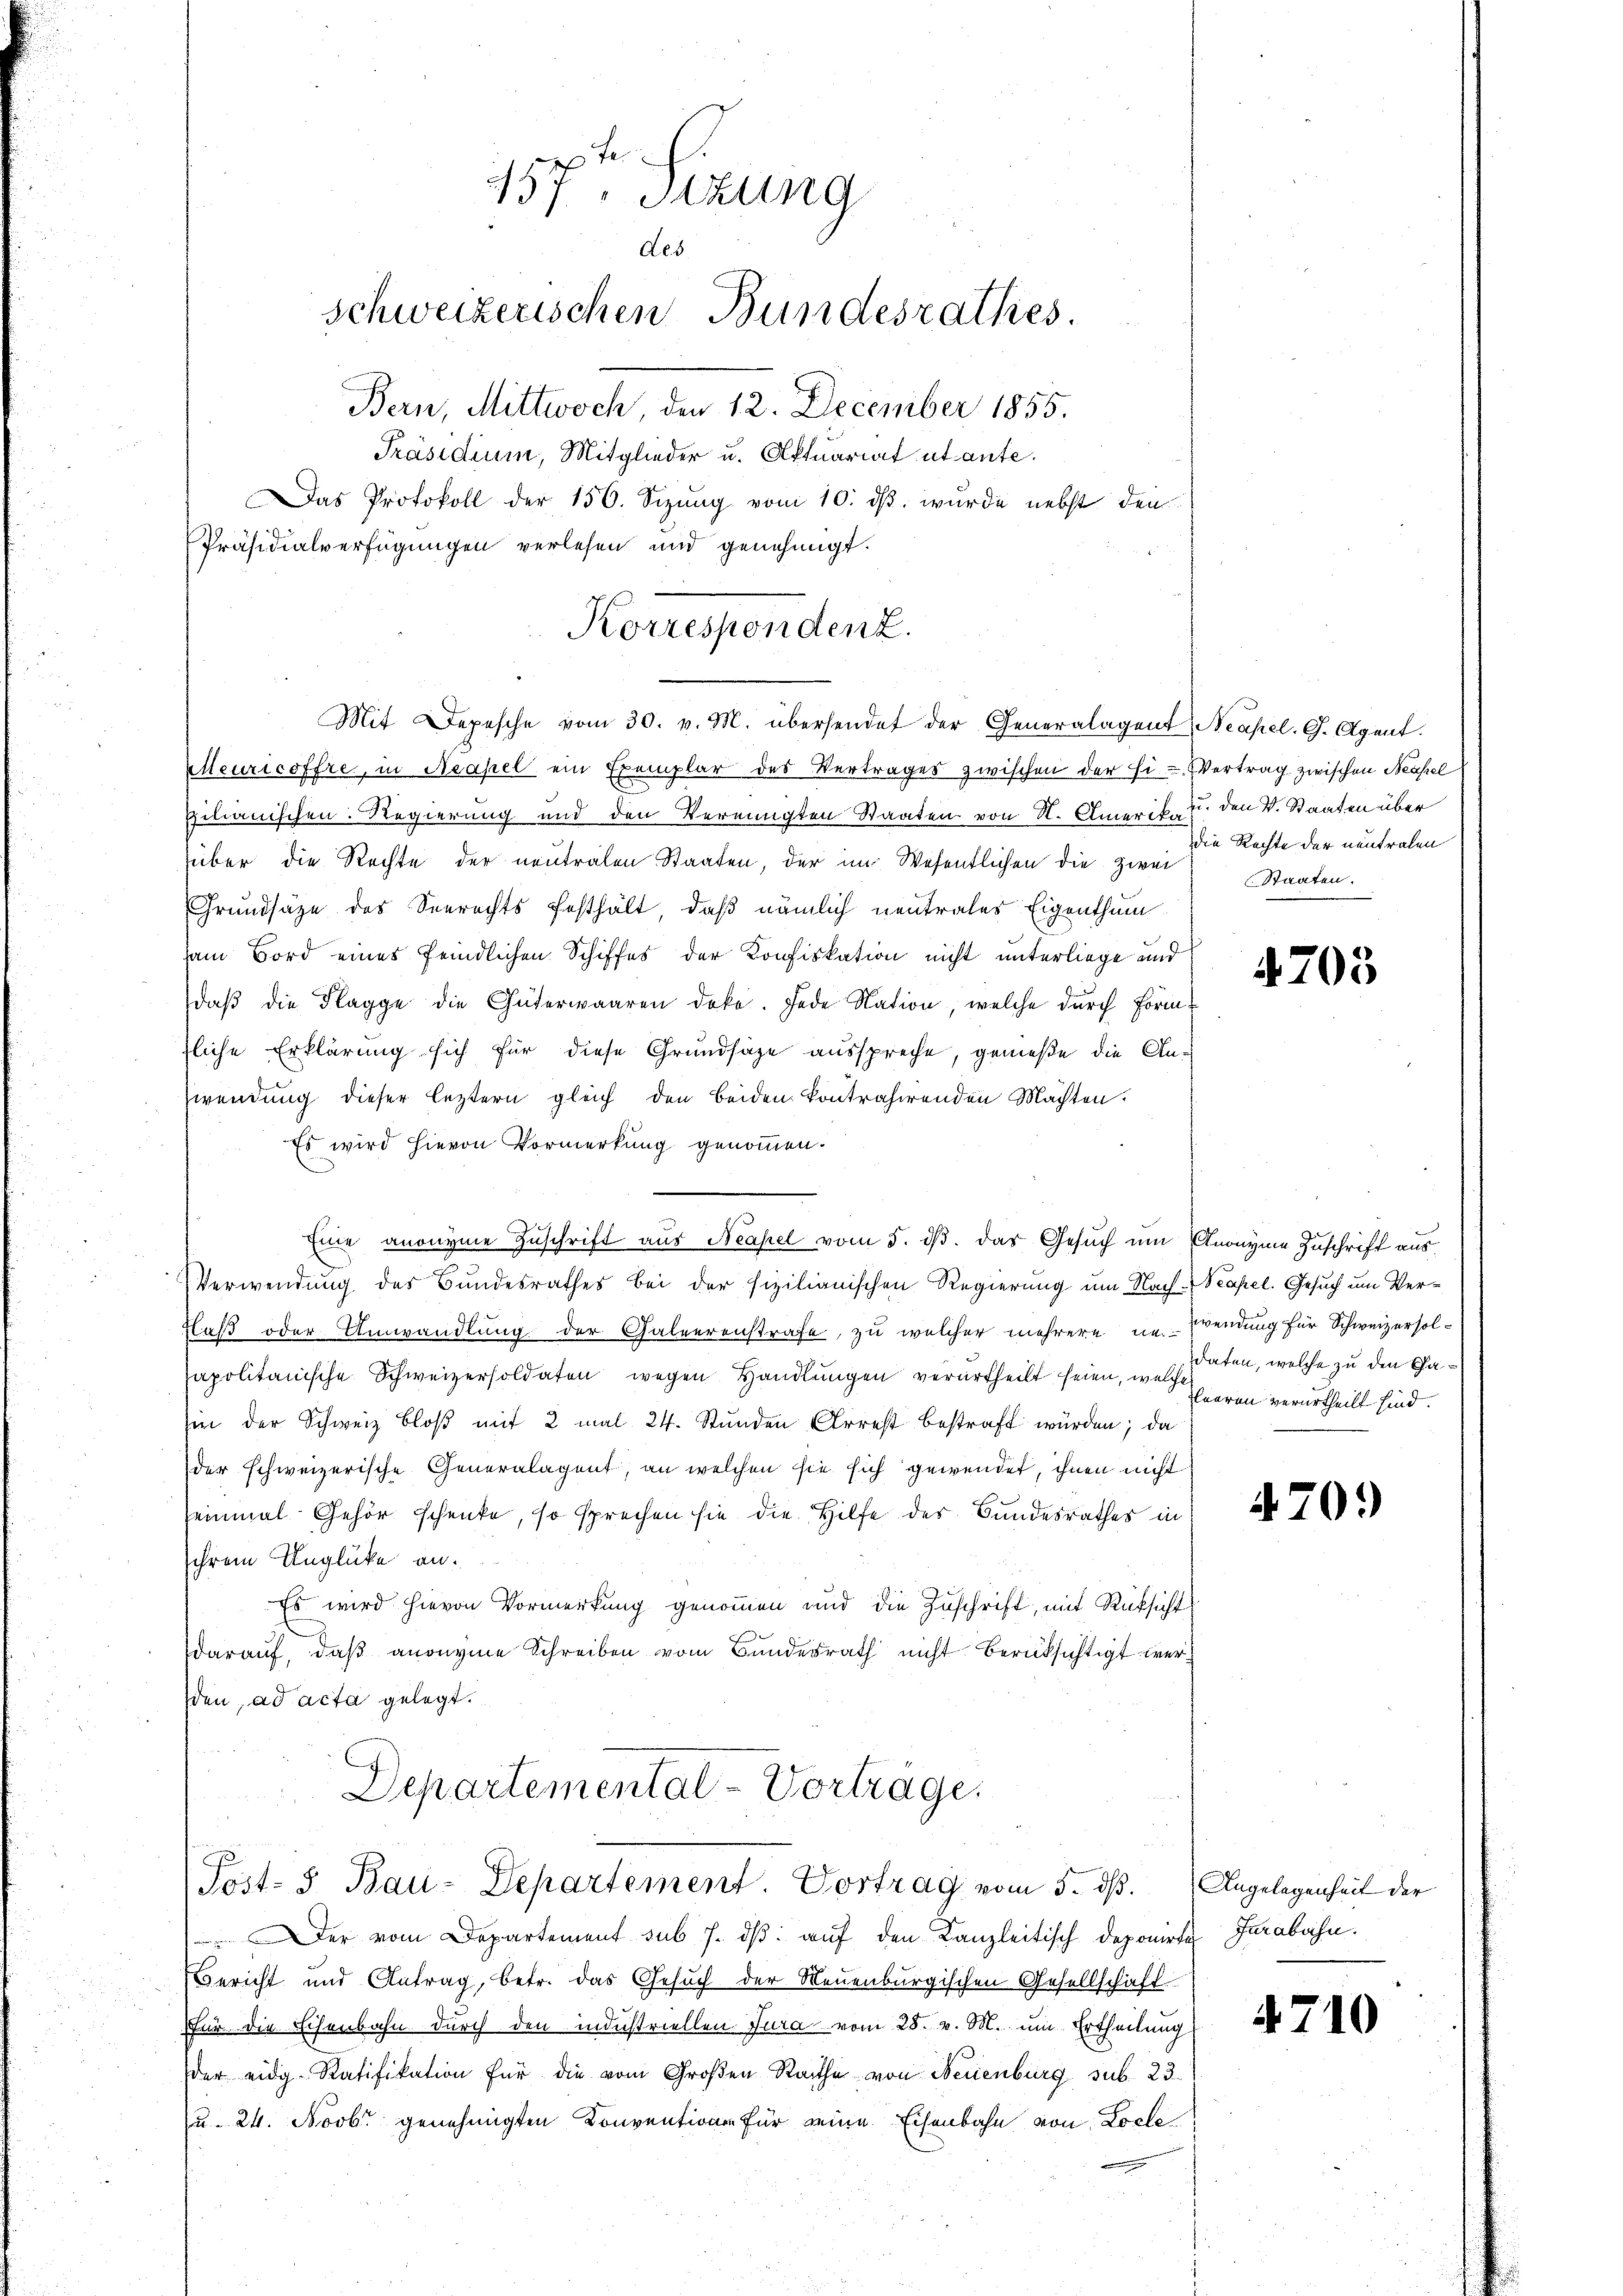
157. Sizung
des
schweizerischen Bundesrathes.
Bern, Mittwoch 12. December 1855.
Präsidium, Mitglieder u. Aktuariat abante.
Das Protokoll der 156. Seizung vom 10. ds. wurde nebst den
Präsidialverfügungen verlesen und genehmigt.

Korrespendenz.
Mit Depesche vom 30. v. M. übersendet der Generalagent, Neapel. G. Agent.

Meuricoffre, in Neapel ein Exemplar des Vertrages zwischen der Ei- Vertrag zwischen Neapel
pilianischen Regierung und den Vereinigten Staaten von N. Amerik u. den V. Staaten über
über die Rechte der neutralen Staaten, der im Wesentlichen die zwei
Grundsätze des Seerechts festhält, daß nämlich neutrales Eigenthum
am Bord eines feindlichen Schiffes der Konfiskation nicht unterliege und
daβ die Flagge die Güterwaaren doke. Jede Nation, welche durch Form
sliche Erklärung sich für diese Grundsätze ausspreche, gemeße die Anwendung dieser leztern gleich den beiden kontrahirenden Machten.
Es wird hievon Vormerkung genommen.
Verwendung des Bundesrathes bei der sizilianischen Regierung um Nach Neapel. Gesuch um Ver¬
Flaß oder Anwandlung der Galeerenstrafe, zu welcher mehrere in Wendung für Schweizer solsapolitanische Schweizersoldaten wegen Handlŭngen verurtheilt seien, weiten, welche zu den Casin der Schweiz bloß mit 2 mal 24. Stunden Arrest bestraft würden; da
der schweizerische Generalagent, an welchen sie sich gewendet, ihnen nicht
seinmal Gehör schenke, so sprechen sie die Hilfe der Bundesrathes in
sihrem Unglücke an.
Es wird hievon Vormerkung genommen und die Zuschrift, mit Rücksicht
darauf, daß anonyme Schreiben vom Bundesrath nicht berücksichtigt werden, ad acta gelegt.
Departemental-Vorträge.

Eine anonyme Zuschrift aus Neapel vom 5. ds. das Gesuch um Anonyme Zuschrift aus

Post- 5. Bau-Departement Vortrag vom 5. dß. Angelegenheit der

die Rechte der neutralen
Staaten.

der vom Departement sub 7. dβ: auf den Kanzleitisch deponirte Jurabahn.
Bericht und Antrag, betr. das Gesuch der Neuenburgischen Gesellschaft
für die Eisenbahn durch den industriellen Jura vom 28. v. M. um Ertheilung
der eidg. Ratifikation für die vom Großen Rathe von Neuenburg sub. 23.
u. 24. Novbr. genehmigten Convention für seine Eisenbahn von Locle

4703

leeren verurtheilt sind.

470.

4710